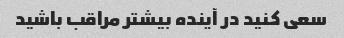
سعی کنید در آینده بیشتر مراقب باشید